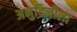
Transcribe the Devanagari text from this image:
अनुदिनीला